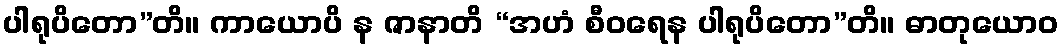
ပါရုပိတော”တိ။ ကာယောပိ န ဇာနာတိ “အဟံ စီဝရေန ပါရုပိတော”တိ။ ဓာတုယောဝ